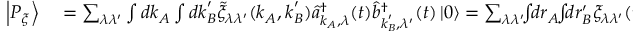
\begin{array} { r l } { \left| P _ { \xi } \right\rangle } & { { } = \sum _ { \lambda \lambda ^ { \prime } } \int d \boldsymbol { k } _ { A } \int d \boldsymbol { k } _ { B } ^ { \prime } \tilde { \xi } _ { \lambda \lambda ^ { \prime } } ( \boldsymbol { k } _ { A } , \boldsymbol { k } _ { B } ^ { \prime } ) \hat { a } _ { \boldsymbol { k } _ { A } , \lambda } ^ { \dagger } ( t ) \hat { b } _ { \boldsymbol { k } _ { B } ^ { \prime } , \lambda ^ { \prime } } ^ { \dagger } ( t ) \left| 0 \right\rangle = \sum _ { \lambda \lambda ^ { \prime } } \! \! \int \! \! d \boldsymbol { r } _ { A } \! \! \int \! \! d \boldsymbol { r } _ { B } ^ { \prime } \xi _ { \lambda \lambda ^ { \prime } } ( \boldsymbol { r } _ { A } , \boldsymbol { r } _ { B } ^ { \prime } , t ) \hat { \psi } _ { a , \lambda } ^ { \dagger } ( \boldsymbol { r } _ { A } ) \hat { \psi } _ { b , \lambda ^ { \prime } } ^ { \dagger } ( \boldsymbol { r } _ { B } ^ { \prime } ) \left| 0 \right\rangle . } \end{array}